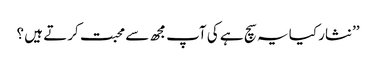
’’نثار کیا یہ سچ ہے کی آپ مجھ سے محبت کرتے ہیں ؟